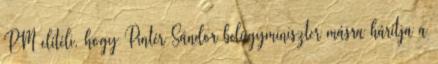
PM elítéli, hogy Pintér Sándor belügyminiszter másra hárítja a